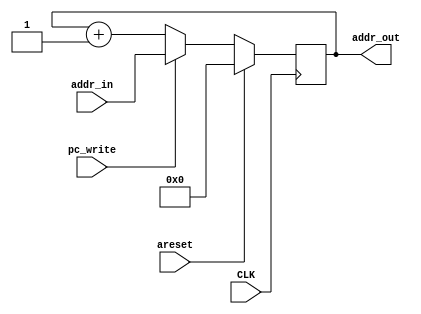
`timescale 1ns/1ps

module pc
(
    input CLK,
    input areset,
    input pc_write,
    input [7:0] addr_in,
    output [7:0] addr_out
);
    reg [7:0] pc_mem;
    assign addr_out = pc_mem;

    always @ (posedge CLK)
    begin
        if (areset)
        begin
            pc_mem = 0;
        end
        else
        begin
            if (pc_write)
            begin
                pc_mem = addr_in;
            end
            else
            begin
                pc_mem = pc_mem + 1;
            end
        end
    end
endmodule